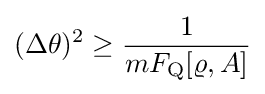
(\Delta \theta )^{2}\geq {\frac {1}{mF_{\rm {Q}}[\varrho ,A]}}